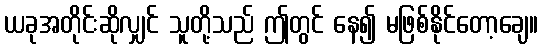
ယခုအတိုင်းဆိုလျှင် သူတို့သည် ဤတွင် နေ၍ မဖြစ်နိုင်တော့ချေ။